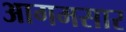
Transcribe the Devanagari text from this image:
आगमसार